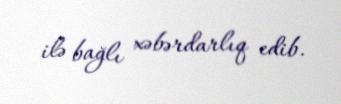
ilə bağlı xəbərdarlıq edib.